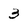
Character: 3